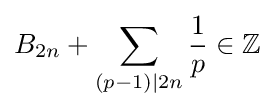
B_{2n}+\sum _{(p-1)|2n}{\frac {1}{p}}\in \mathbb {Z}